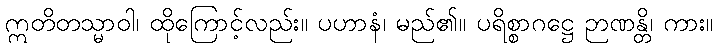
ဣတိတသ္မာဝါ၊ ထိုကြောင့်လည်း။ ပဟာနံ၊ မည်၏။ ပရိစ္စာဂဋ္ဌေ ဉာဏန္တိ၊ ကား။